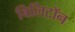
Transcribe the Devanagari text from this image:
बिलिटॉन